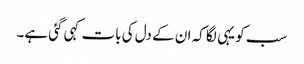
سب کو یہی لگا کہ ان کے دل کی بات کہی گئی ہے۔